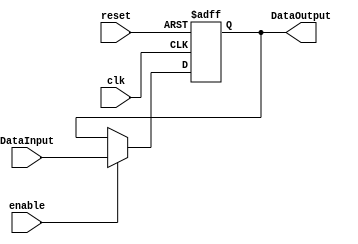
/******************************************************************
* Description
*	This the basic register that is used in the register file
*	1.0
* Author:
*	Dr. Jos Luis Pizano Escalante
* email:
*	luispizano@iteso.mx
* Date:
*	16/08/2021
*
* Modified by:
*	IS727550 - Diaz Aguayo; IS727272 - Cordero Hernandez
******************************************************************/

module Register
#(
	parameter N = 32
)
(
	input clk,
	input reset,
	input enable,
	input  [N-1:0] DataInput,
	
	
	output reg [N-1:0] DataOutput
);

always@(negedge reset or posedge clk) begin
	if(reset==0)
		DataOutput <= 0;
	else	
		if(enable==1)
			DataOutput<=DataInput;
end

endmodule